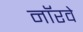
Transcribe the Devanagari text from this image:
नाॅरवे